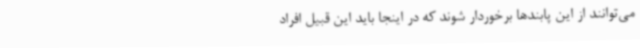
می‌توانند از این پابندها برخوردار شوند که در اینجا باید این قبیل افراد